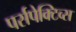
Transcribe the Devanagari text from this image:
पर्सपेक्टिव्स